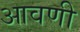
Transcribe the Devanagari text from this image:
आवणी